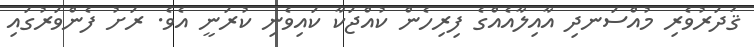
ޤަދަރުވެރި މުއްސަނދި އާއިލާއެއްގެ ފިރިހެން ކުއްޖަކާ ކައިވެނި ކުރަނީ އެވެ. ރަށު ފެންވަރުގައި